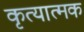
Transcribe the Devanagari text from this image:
कृत्यात्मक